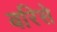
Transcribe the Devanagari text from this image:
बरिसे